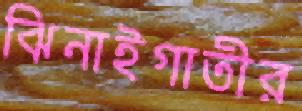
ঝিনাইগাতীর